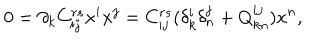
LaTeX: 0 = \partial _ { k } C _ { i j } ^ { r s } x ^ { i } x ^ { j } = C _ { i j } ^ { r s } ( \delta _ { k } ^ { i } \delta _ { n } ^ { j } + Q _ { k n } ^ { i j } ) x ^ { n } ,